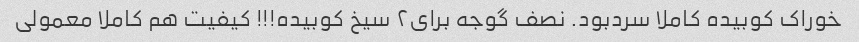
خوراک کوبیده کاملا سردبود. نصف گوجه برای۲ سیخ کوبیده!!! کیفیت هم کاملا معمولی